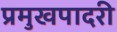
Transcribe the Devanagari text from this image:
प्रमुखपादरी